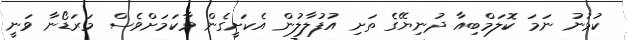
ކުުޅުނު ނަމަ ކޮލަމްބިއާ ދުނިޔޭގެ ތަށި އުފުލާލުން އެކަށީގެން ވާކަމަށްވެސް މަރަޑޯނާ ވަނީ